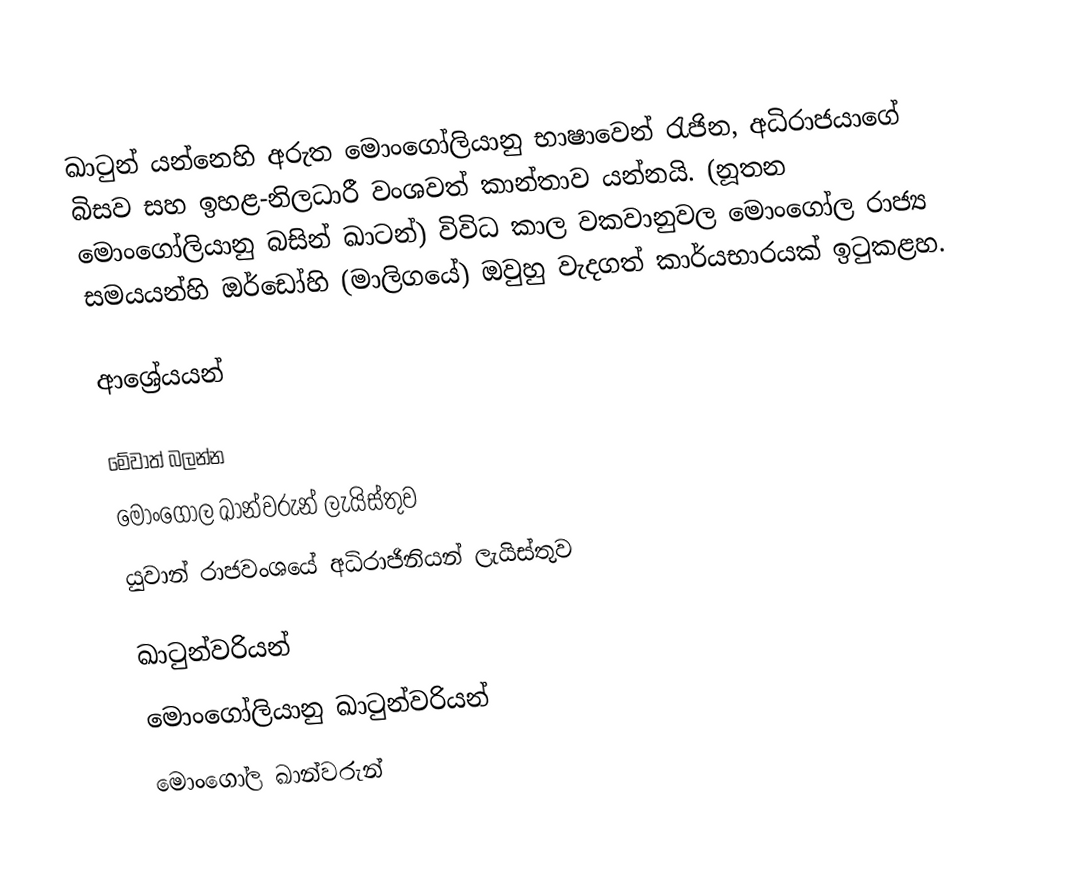
ඛාටුන් යන්නෙහි අරුත මොංගෝලියානු භාෂාවෙන් රැජින, අධිරාජයා‍ගේ බිසව සහ ඉහළ-නිලධාරී වංශවත් කාන්තාව යන්නයි. (නූතන මොංගෝලියානු බසින් ඛාටන්) විවිධ කාල වකවානුවල මොංගෝල රාජ්‍ය සමයයන්හි ඔර්ඩෝහි (මාලිගයේ) ඔවුහු වැදගත් කාර්යභාරයක් ඉටුකළහ.

ආශ්‍රේයයන්

මේවාත් බලන්න
මොංගෝල ඛාන්වරුන් ලැයිස්තුව
යුවාන් රාජවංශයේ අධිරාජිනියන් ලැයිස්තුව

ඛාටුන්වරියන්
මොංගෝලියානු ඛාටුන්වරියන්
මොංගෝල ඛාන්වරුන්